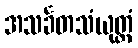
အသင်္ခတသံယုတ္တံ